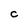
Character: c